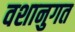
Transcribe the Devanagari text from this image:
वशानुगत